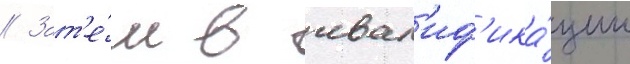
// Зат'е́м в квал'иф'ика́ции